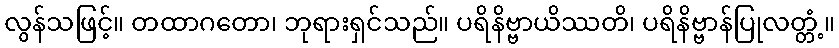
လွန်သဖြင့်။ တထာဂတော၊ ဘုရားရှင်သည်။ ပရိနိဗ္ဗာယိဿတိ၊ ပရိနိဗ္ဗာန်ပြုလတ္တံ့။